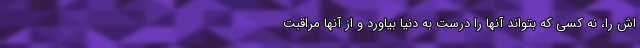
اش را، نه کسی که بتواند آنها را درست به دنیا بیاورد و از آنها مراقبت